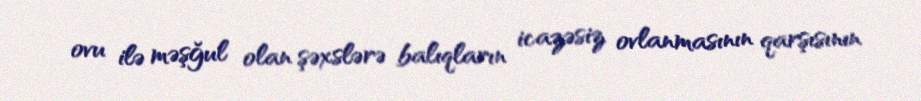
ovu ilə məşğul olan şəxslərə balıqların icazəsiz ovlanmasının qarşısının